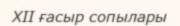
XII ғасыр сопылары